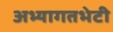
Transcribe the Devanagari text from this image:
अभ्यागतभेटी